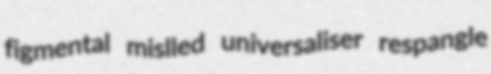
figmental mislled universaliser respangle